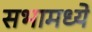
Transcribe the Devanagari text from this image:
सभामध्ये